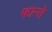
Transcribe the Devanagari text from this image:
फान्ते